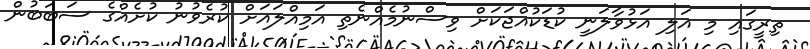
ތިރީގައި މި އަލި އަޅުވާލަނީ ކުޑަކުއްޖަކަށް ވިސްނުމެއްނެތި އަމިއްލައަށް ކުރެވުނު ކުށެއްގެ ސަބަބުން